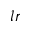
l r